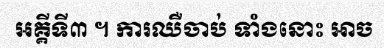
អគ្គីទី៣ ។ ការឈឺចាប់ ទាំងនោះ អាច